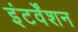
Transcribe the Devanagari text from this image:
इंटर्वेंशन